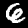
Label: 6